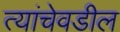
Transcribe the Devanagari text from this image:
त्यांचेवडील